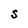
Character: S